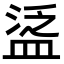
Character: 𥁷